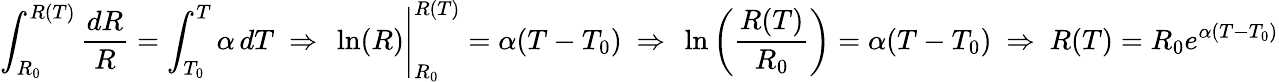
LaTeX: \int_{R_{0}}^{R(T)}{\frac{dR}{R}}=\int_{T_{0}}^{T}\alpha\, dT~\Rightarrow~\ln(R){\Bigg\vert}_{R_{0}}^{R(T)}=\alpha(T-T_{0})~\Rightarrow~\ln\left({\frac{R(T)}{R_{0}}}\right)=\alpha(T-T_{0})~\Rightarrow~R(T)=R_{0}e^{\alpha(T-T_{0})}